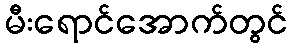
မီးရောင်အောက်တွင်